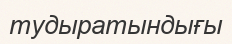
тудыратындығы